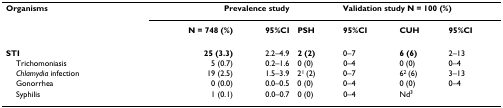
<table><thead><tr><td><b>Organisms</b></td><td colspan="2"><b>Prevalence study</b></td><td colspan="4"><b>Validation study N = 100 (%)</b></td></tr><tr><td>[EMPTY_CELL]</td><td><b>N = 748 (%)</b></td><td><b>95%CI</b></td><td><b>PSH</b></td><td><b>95%CI</b></td><td><b>CUH</b></td><td><b>95%CI</b></td></tr></thead><tbody><tr><td><b>STI</b></td><td><b>25 (3.3)</b></td><td>2.2–4.9</td><td><b>2 (2)</b></td><td>0–7</td><td><b>6 (6)</b></td><td>2–13</td></tr><tr><td> Trichomoniasis</td><td>5 (0.7)</td><td>0.2–1.6</td><td>0 (0)</td><td>0–4</td><td>0 (0)</td><td>0–4</td></tr><tr><td> <i>Chlamydia </i>infection</td><td>19 (2.5)</td><td>1.5–3.9</td><td>2<sup>1 </sup>(2)</td><td>0–7</td><td>6<sup>2 </sup>(6)</td><td>3–13</td></tr><tr><td> Gonorrhea</td><td>0 (0.0)</td><td>0.0–0.5</td><td>0 (0)</td><td>0–4</td><td>0 (0)</td><td>0–4</td></tr><tr><td> Syphilis</td><td>1 (0.1)</td><td>0.0–0.7</td><td>0 (0)</td><td>0–4</td><td>Nd<sup>3</sup></td><td>[EMPTY_CELL]</td></tr></tbody></table>